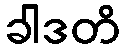
ခါဒတိ